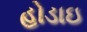
હોડાઇ